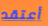
أعتقد